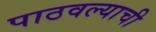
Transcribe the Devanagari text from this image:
पाठवल्याची